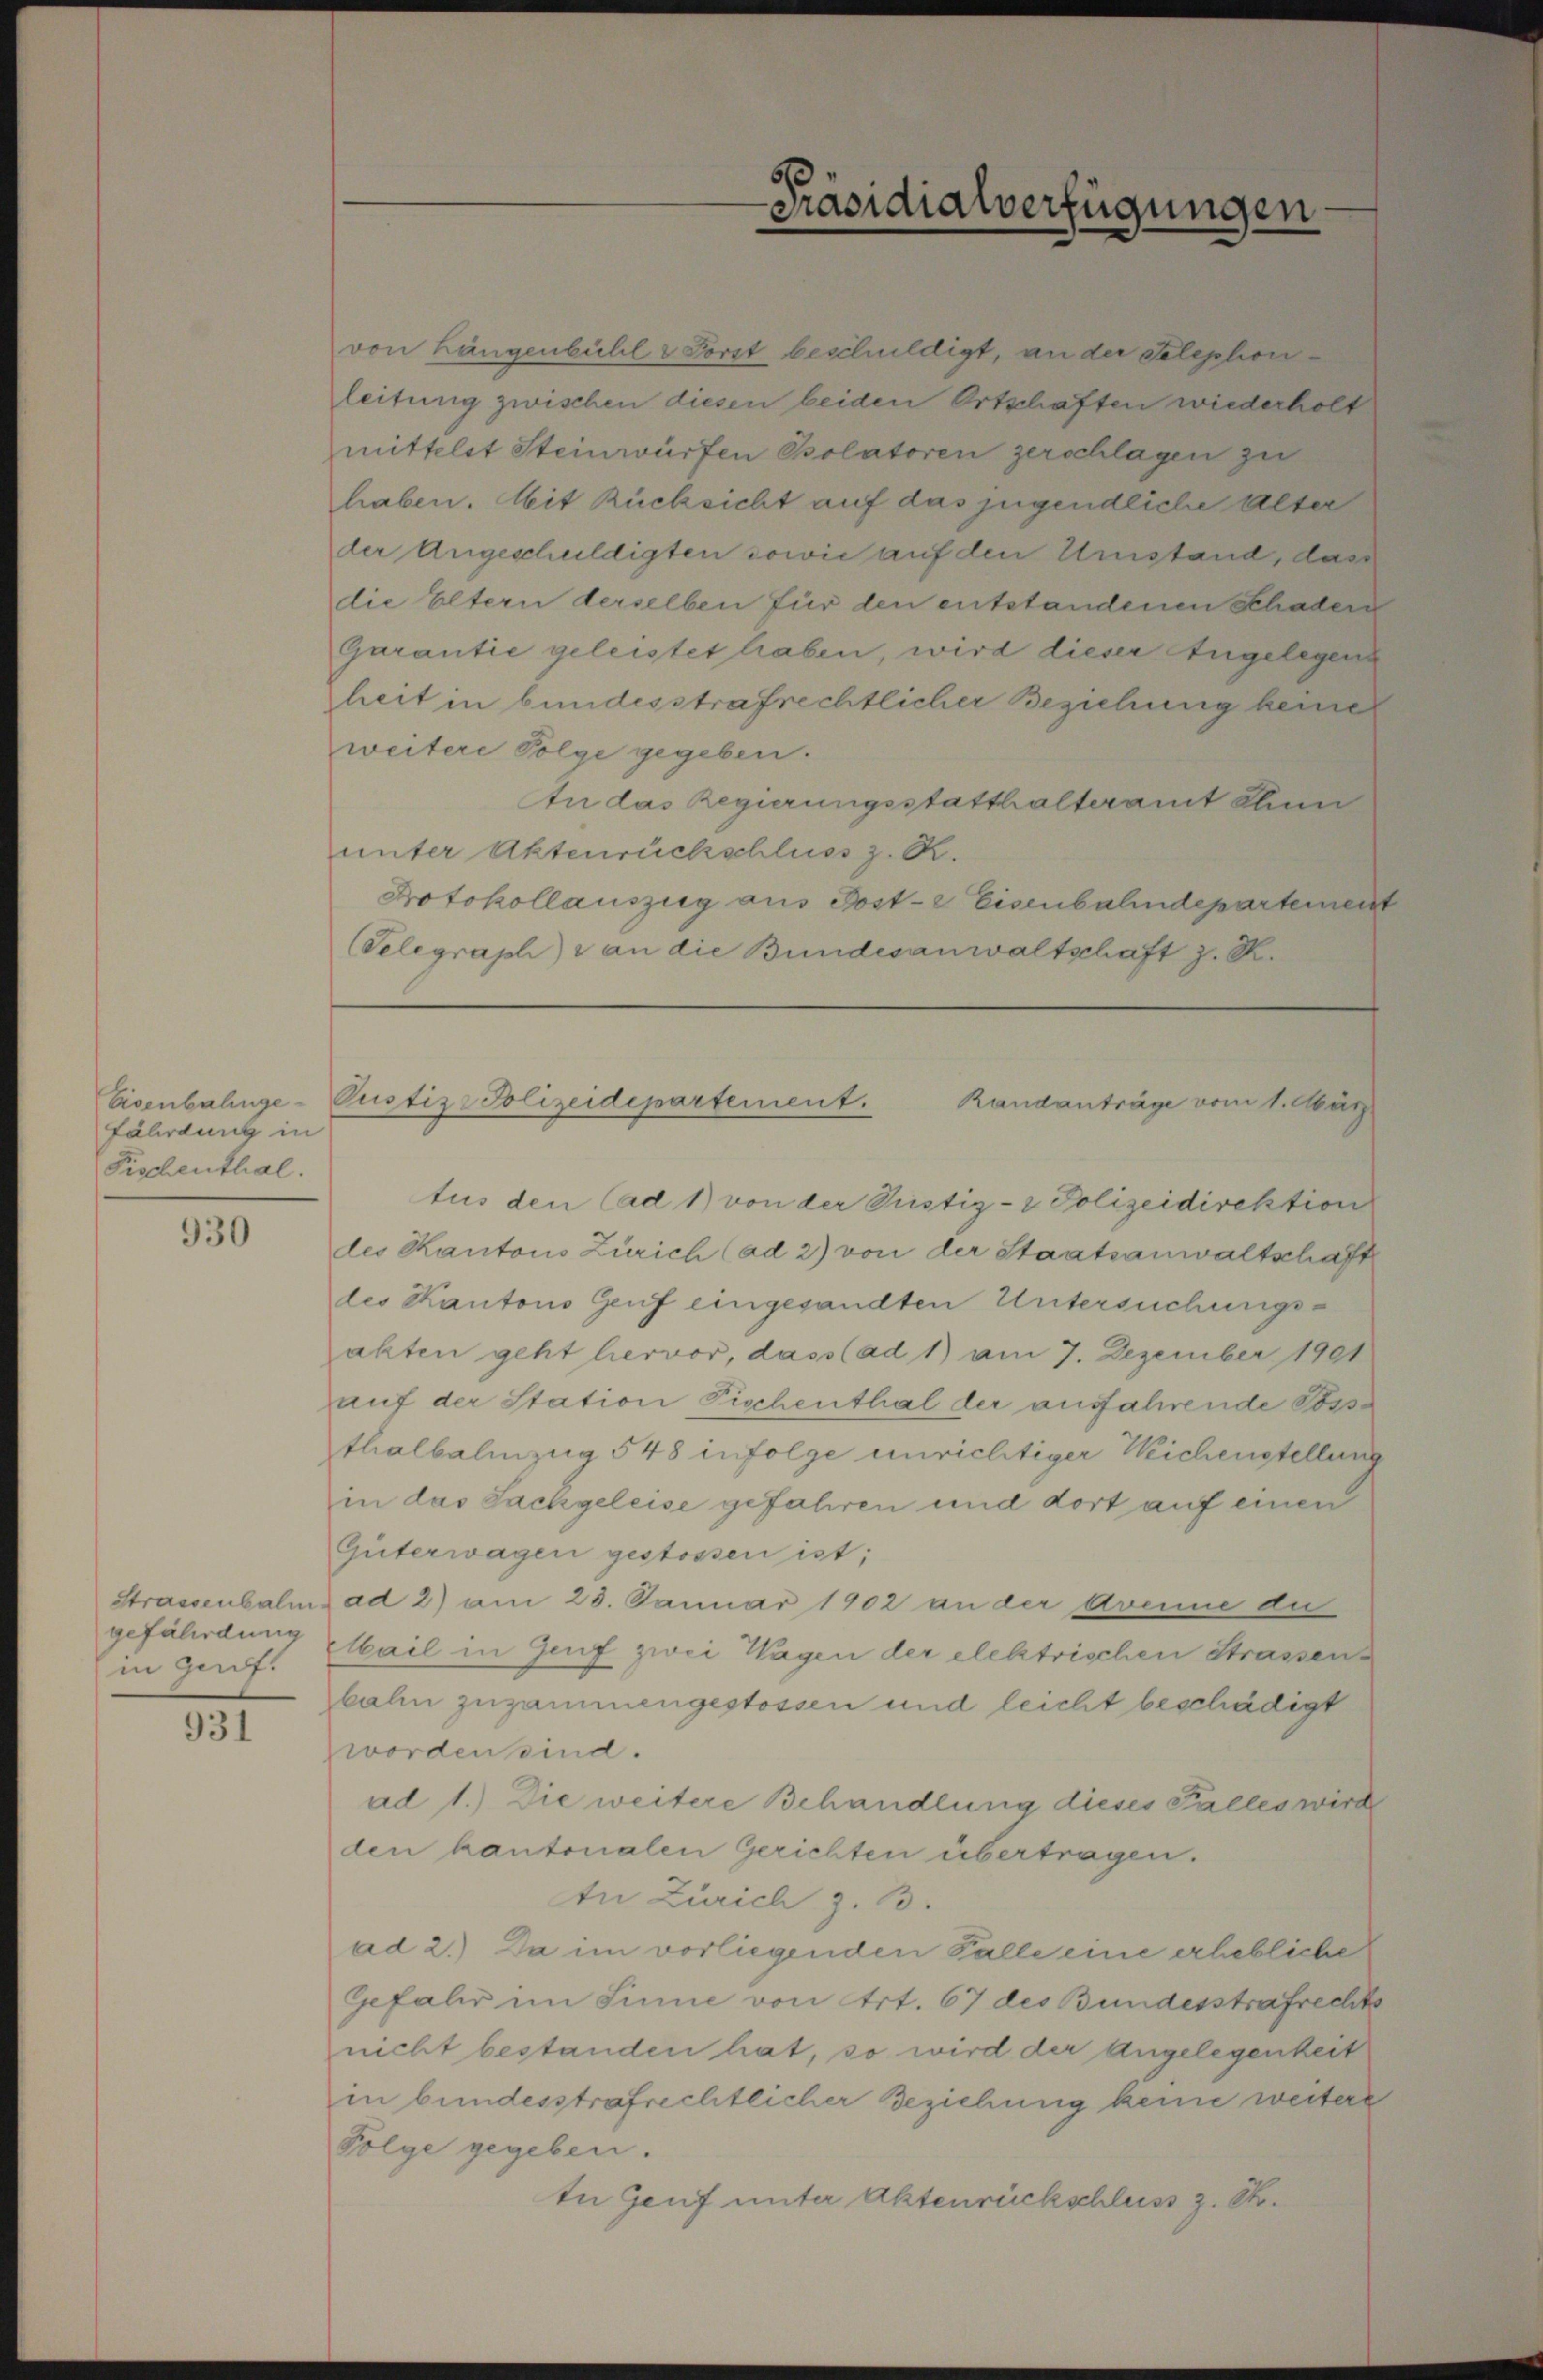
Eisenbahngefährdung in
Fischenthal.

930

Strassenbalm
gefährdung
in Genf.

931

von Längenbühl & Forst beschuldigt, an der Telephonileitung zwischen diesen beiden Ortschaften wiederholt
mittelst Steinwürfen Psolatoren zerschlagen zu
haben. Mit Rücksicht auf das jugendliche Alter
der Angeschuldigten sowie auf den Umstand, das
die Eltern derselben für den entstandenen Schaden
Garantie geleistet haben, wird dieser Angelegens
heit in bundesstrafrechtlicher Beziehung keine
weitere Folge gegeben.
An das Regierungsstatthalteramt Ann
unter Aktenrückschluss z. R.
Protokollauszug aus Post- & Eisenbahndepartement
(Selegraph & an die Bundesanwaltschaft z. R.

Präsidialverfügungen

tus den (ad 1) von der Justiz- & Polizeidirektion
des Kantons Zürich (ad 2) von der Staatsanwaltschaft
des Kantons Genf eingesandten Untersuchungsakten geht hervor, dass (ad 1) am 7. Dezember 1901
auf der Station Fischenthal der ausfahrende Bossthalbalinzug 548 infolge unrichtiger Weichenstellung
in das Sackgeleise gefahren und dort auf einen
Güterwagen gestossen ist;
ad 2) am 23. Januar 1902 an der Avenne di
Mail in Genf zwei Wagen der elektrischen Strassenbahn zusammengestossen und leicht beschädigt
worden sind.
ad 1.) Die weitere Behandlung dieses Falles wird
den kantonalen Gerichten übertragen.
In Zürich z. B.
ad 2.) Da im vorliegenden Falle eine erhebliche
Gefahr im Sinne von Art. 67 des Bundesstrafrechts
nicht bestanden hat, so wird der Angelegenheit
in bundesstrafrechtlicher Beziehung keine weitere
Folge gegeben.
In Genf unter Aktenrückschluss z. St.

Pustiz-Polizeidepartement. Randanträge vom 1. Män